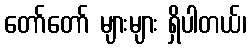
တော်တော် များများ ရှိပါတယ်၊